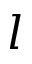
l